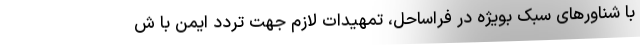
با شناورهای سبک بویژه در فراساحل، تمهیدات لازم جهت تردد ایمن با ش